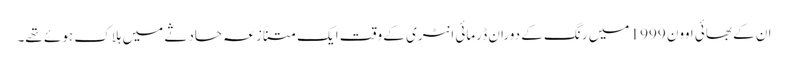
ان کے بھائی اوون 1999 میں رنگ کے دوران ڈرمائی انٹری کے وقت ایک متنازعہ حادثے میں ہلاک ہوئے تھے۔